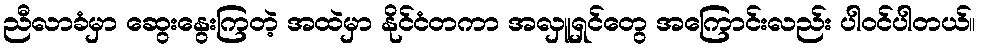
ညီလာခံမှာ ဆွေးနွေးကြတဲ့ အထဲမှာ နိုင်ငံတကာ အလှူရှင်တွေ အကြောင်းလည်း ပါဝင်ပါတယ်။